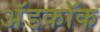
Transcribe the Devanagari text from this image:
अॅडकॉक